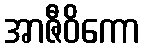
အာဇီဝိကော